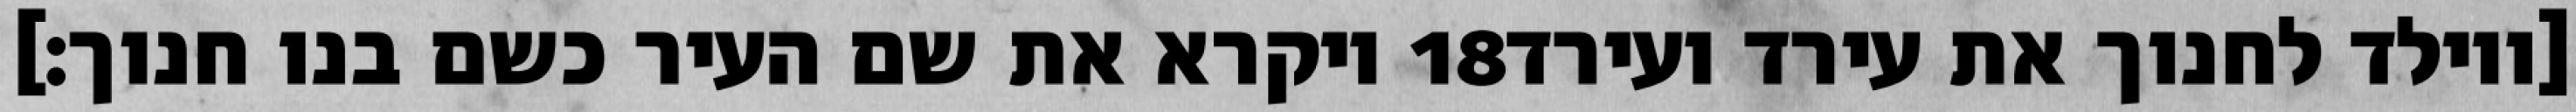
ויקרא את שם העיר כשם בנו חנוך׃] ‎18‏ [ויולד לחנוך את עירד ועירד